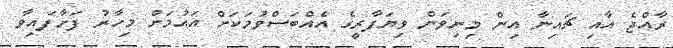
ރާއްޖެ އާއި ޗައިނާ އިން މިނިވަން ވިޔަފާރީގެ އެއްބަސްވުމަކަށް އައުމަށް މިހާރު ފަށާފައިވާ